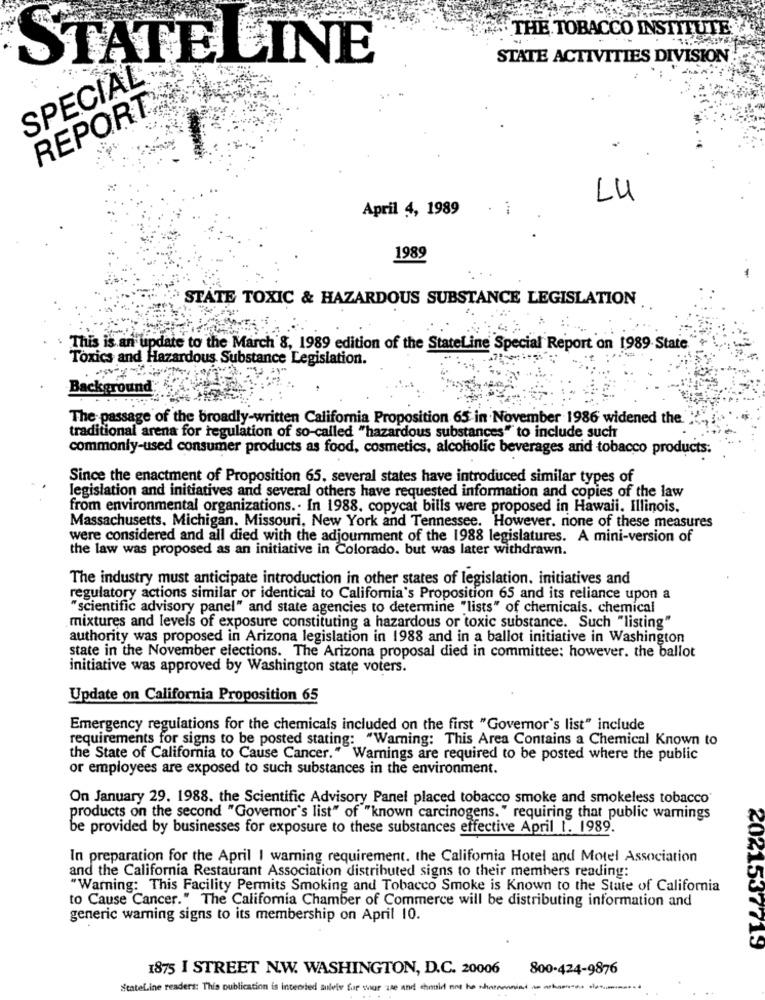
THE TOBACCO INSTITUTE
STATE ACTIVITIES DIVISION
STATELINE
SPECIAL
REPORT:
LU
April 4, 1989
.
...
1989
STATE TOXIC & HAZARDOUS SUBSTANCE LEGISLATION
This is an update to the March 8, 1989 edition of the StateLine Special Report on 1989. State
Toxics and Hazardous Substance Legislation.
Background
The passage of the broadly-written California Proposition 65 in November 1986 widened the."
traditional arena for regulation of so-called "hazardous substances" to include such
commonly-used consumer products as food, cosmetics, alcoholic beverages arid tobacco products.
Since the enactment of Proposition 65, several states have introduced similar types of
legislation and initiatives and several others have requested information and copies of the law
from environmental organizations .. In 1988. copycat bills were proposed in Hawaii. Illinois.
Massachusetts, Michigan, Missouri, New York and Tennessee. However, nione of these measures
were considered and all died with the adjournment of the 1988 legislatures. A mini-version of
the law was proposed as an initiative in Colorado. but was later withdrawn.
The industry must anticipate introduction in other states of legislation. initiatives and
regulatory actions similar or identical to California's Proposition 65 and its reliance upon a
"scientific advisory panel" and state agencies to determine "lists" of chemicals. chemical
mixtures and levels of exposure constituting a hazardous or toxic substance. Such "listing"
authority was proposed in Arizona legislation in 1988 and in a ballot initiative in Washington
state in the November elections. The Arizona proposal died in committee: however. the ballot
initiative was approved by Washington state voters.
Update on California Proposition 65
Emergency regulations for the chemicals included on the first "Governor's list" include
requirements for signs to be posted stating: "Warning: This Area Contains a Chemical Known to
the State of California to Cause Cancer." Warnings are required to be posted where the public
or employees are exposed to such substances in the environment.
On January 29. 1988. the Scientific Advisory Panel placed tobacco smoke and smokeless tobacco'
products on the second "Governor's list" of "known carcinogens." requiring that public warnings
be provided by businesses for exposure to these substances effective April 1. 1989.
In preparation for the April I warning requirement. the California Hotel and Motel Association
and the California Restaurant Association distributed signs to their members reading:
"Warning: This Facility Permits Smoking and Tobacco Smoke is Known to the State of California
to Cause Cancer." The Califomia Chamber of Commerce will be distributing information and
generic warning signs to its membership on April 10.
2021537713
1875 I STREET N.W. WASHINGTON, D.C. 20006
800-424-9876
StateLine readers: This publication is intended solely for war ase and should not be charamista